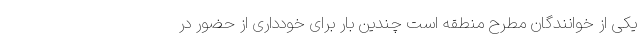
یکی از خوانندگان مطرح منطقه است چندین بار برای خودداری از حضور در